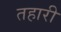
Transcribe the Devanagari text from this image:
तहारी